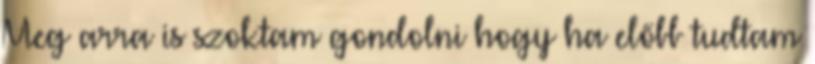
Meg arra is szoktam gondolni hogy ha előbb tudtam